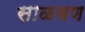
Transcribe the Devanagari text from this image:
साळवण